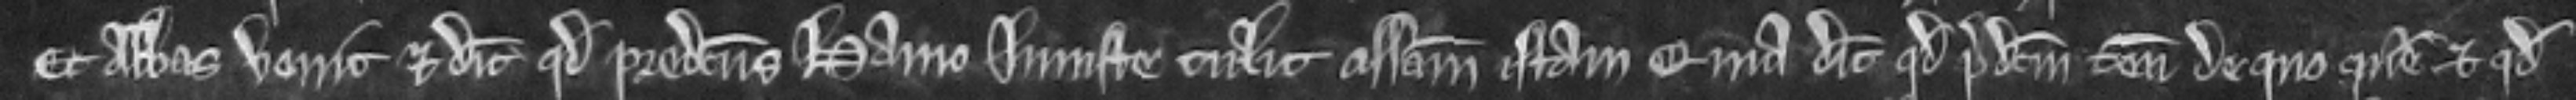
Et Abbas venit et dicit quod predictus Hamo injuste tulit assisam istam. quia dicit quod predictum tenementum de quo queritur et quod